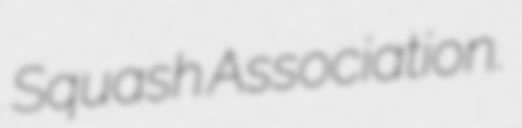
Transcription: Squash Association.